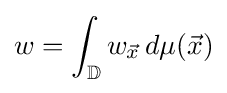
w=\int _{\mathbb {D} }w_{\vec {x}}\,d\mu ({\vec {x}})